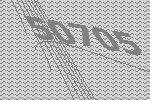
50705